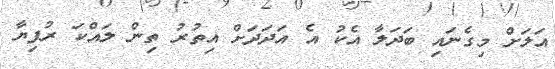
އަލަށް މިގެނައި ބަދަލާ އެކު އެ އަދަދަށް އިތުރު ތިން ލައްކަ ރުފިޔާ